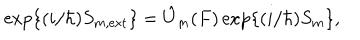
\mathrm { e x p } \{ ( i / \hbar ) S _ { m , \mathrm { e x t } } \} = \hat { U } _ { m } ( F ) \, \mathrm { e x p } \{ ( i / \hbar ) S _ { m } \} ,